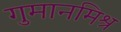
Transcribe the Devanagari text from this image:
गुमानमिश्र